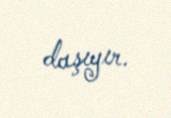
daşıyır.